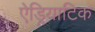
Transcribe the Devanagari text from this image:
ऐड्रियाटिक